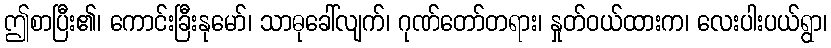
ဤစာပြီး၏၊ ကောင်းခြီးနုမော်၊ သာဓုခေါ်လျက်၊ ဂုဏ်တော်တရား၊ နှုတ်ဝယ်ထားက၊ လေးပါးပယ်ရွာ၊